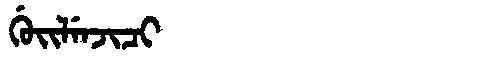
Manchu: ᡤᡠᡳᠯᡝᠨᠵᡳᠴᡳ
Romanization: GUILENJICI